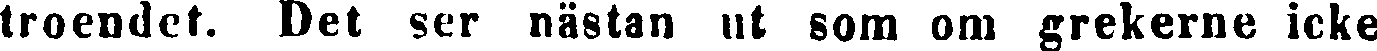
troendet. Det ser nästan ut som om grekerne icke